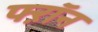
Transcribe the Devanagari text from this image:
फ्ऱॉन